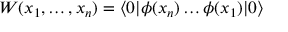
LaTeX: W ( x _ { 1 } , \dots , x _ { n } ) = \langle 0 | \phi ( x _ { n } ) \dots \phi ( x _ { 1 } ) | 0 \rangle